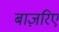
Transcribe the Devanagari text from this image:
बाज़रिए